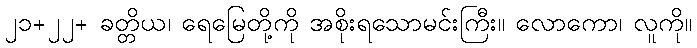
၂၁+၂၂+ ခတ္တိယ၊ ရေမြေတို့ကို အစိုးရသောမင်းကြီး။ လောကော၊ လူကို။